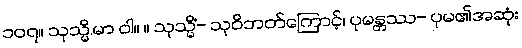
၁၀၇။ သုသ္မိ.မာ ဝါ။ ။ သုသ္မိံ- သုဝိဘတ်ကြောင့်၊ ပုမန္တဿ- ပုမ၏အဆုံး